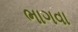
ભાગવા